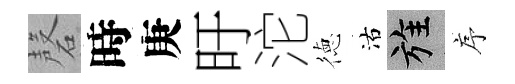
磬時庚旴沱徳沽旌序